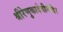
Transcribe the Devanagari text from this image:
श्रीरेणुकादेवीमंदिर